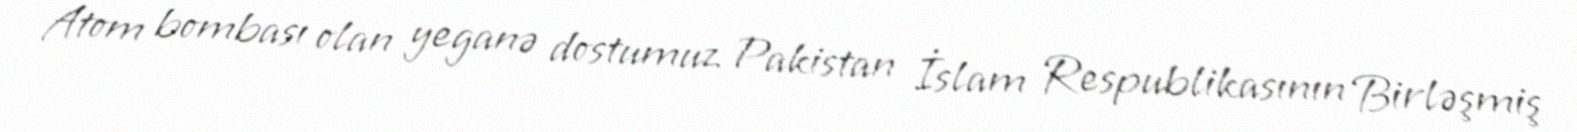
Atom bombası olan yeganə dostumuz Pakistan İslam Respublikasının Birləşmiş